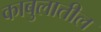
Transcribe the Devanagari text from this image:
काबुलातील